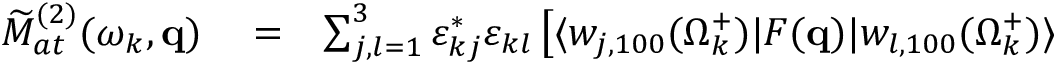
\begin{array} { r l r } { \widetilde { \cal M } _ { a t } ^ { ( 2 ) } ( \omega _ { k } , \mathbf { q } ) } & { { } = } & { \sum _ { j , l = 1 } ^ { 3 } \varepsilon _ { k j } ^ { * } \varepsilon _ { k l } \left[ \langle w _ { j , 1 0 0 } ( \Omega _ { k } ^ { + } ) | F ( \mathbf { q } ) | { w } _ { l , 1 0 0 } ( \Omega _ { k } ^ { + } ) \rangle \right. } \end{array}